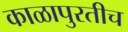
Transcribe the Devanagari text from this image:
काळापुरतीच